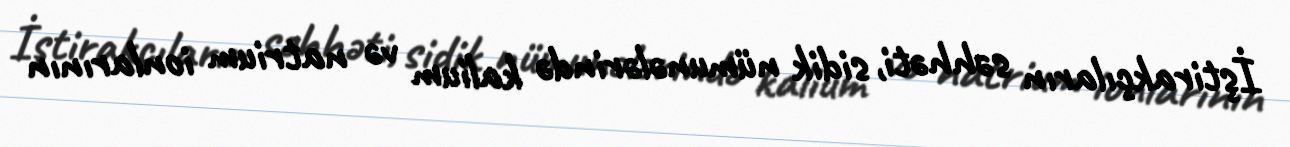
İştirakçıların səhhəti, sidik nümunələrində kalium və natrium ionlarının